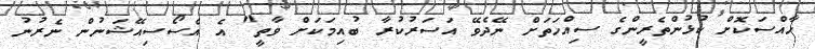
ހާއްސަކޮށް ކުޅުންތެރީންގެ ސިއްހަތަށް ނޭދެވޭ އަސަރުކުރާ ބުއިމަކަށް ވާތީ" އެ އެސޯސިއޭޝަނުން ނެރުނު